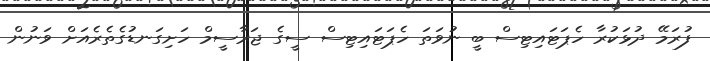
ފުރަމޭ ދުޅަކުރާ ހެޕަޓައިޓިސް ބީ ނުވަތަ ހެޕަޓައިޓިސް ސީގެ ޖަރާސީމް ހަށިގަނޑުގެތެރެއަށް ވަނުން